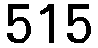
515